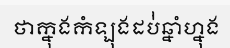
ថាក្នុងកំឡុងដប់់ឆ្នាំហ្នុង